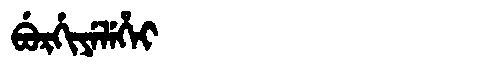
Manchu: ᠪᡠᡵᡤᡳᠶᡝᠯᡝᡥᡝᡳ
Romanization: BURGIYELEHEI